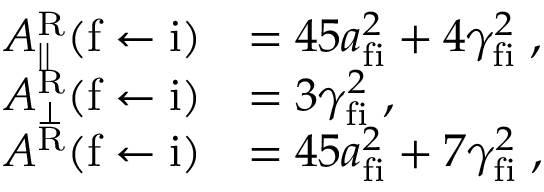
\begin{array} { r l } { A _ { | | } ^ { \mathrm { R } } ( \mathrm { f } \leftarrow \mathrm { i } ) } & { = 4 5 a _ { \mathrm { f i } } ^ { 2 } + 4 \gamma _ { \mathrm { f i } } ^ { 2 } \; , } \\ { A _ { \perp } ^ { \mathrm { R } } ( \mathrm { f } \leftarrow \mathrm { i } ) } & { = 3 \gamma _ { \mathrm { f i } } ^ { 2 } \; , } \\ { A ^ { \mathrm { R } } ( \mathrm { f } \leftarrow \mathrm { i } ) } & { = 4 5 a _ { \mathrm { f i } } ^ { 2 } + 7 \gamma _ { \mathrm { f i } } ^ { 2 } \; , } \end{array}